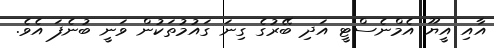
އާއި އީޔޫ އެމްނެސްޓީ އަދި ބޭރުގެ ގިނަ ގައުމުތަކުން ވަނީ ބުނެފަ އެވެ.